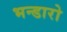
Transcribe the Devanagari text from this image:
भन्डारो